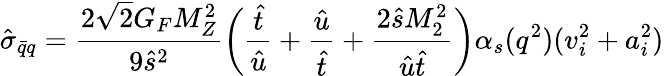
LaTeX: {\hat{\sigma}}_{{\bar{q}}q}={\frac{2{\sqrt 2}G_{F}M_{Z}^{2}}{9{\hat{s}}^{2}}}\biggl({\frac{\hat{t}}{\hat{u}}}+{\frac{\hat{u}}{\hat{t}}}+{\frac{2{\hat{s}}M_{2}^{2}}{{\hat{u}}{\hat{t}}}}\biggr)\alpha_{s}(q^{2})(v_{i}^{2}+a_{i}^{2})